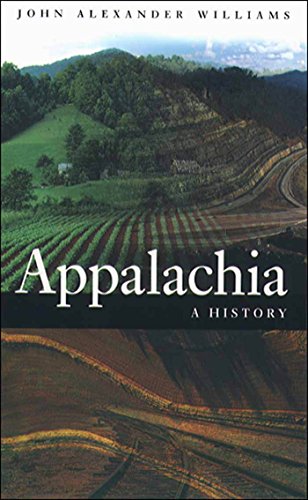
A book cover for Appalachia: A History; John Alexander Williams; Politics & Social Sciences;